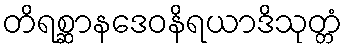
တိရစ္ဆာနဒေဝနိရယာဒိသုတ္တံ